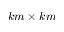
k m \times k m